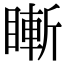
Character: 䁪